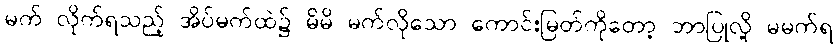
မက် လိုက်ရသည့် အိပ်မက်ထဲ၌ မိမိ မက်လိုသော ကောင်းမြတ်ကိုတော့ ဘာပြုလို့ မမက်ရ